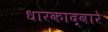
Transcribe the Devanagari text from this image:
धारकाद्वारे